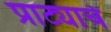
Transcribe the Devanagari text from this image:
प्राट्याचे